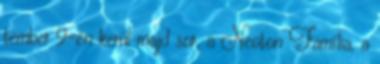
tember 9-én kerül majd sor, a Neoton Família, a